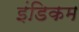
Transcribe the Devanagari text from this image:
इंडिकम